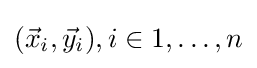
({\vec {x}}_{i},{\vec {y}}_{i}),i\in {1,\ldots ,n}